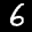
Label: 6